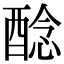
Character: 𨡎